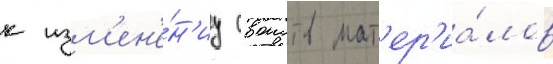
к изм'ен'е́н'иу своиств мат'ер'иа́лов